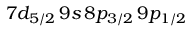
7 d _ { 5 / 2 } \, 9 s \, 8 p _ { 3 / 2 } \, 9 p _ { 1 / 2 }